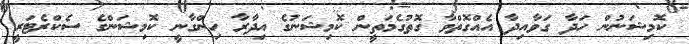
ކޮމިޝަނުން ހަދާ ގަވާއިދާ އެއްގޮތްވާ ގޮތުގެމަތީން ކޮމިޝަނުގެ އިދާރާ ހިންގާނީ ކޮމިޝަންގެ ސެކްރެޓަރީ